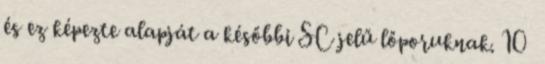
és ez képezte alapját a későbbi SC jelű lőporuknak. 10